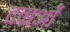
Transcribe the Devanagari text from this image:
दवाओँ